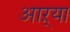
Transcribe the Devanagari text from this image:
आऱ्या